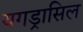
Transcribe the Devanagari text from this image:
यगड्रासिल